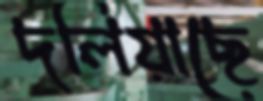
দলিয়াছে